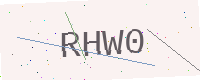
Text: RHW0